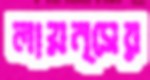
লায়ন্সের